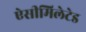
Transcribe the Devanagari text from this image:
ऐसीमिलेटेड